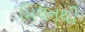
મિલનથી